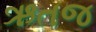
ઋતજ